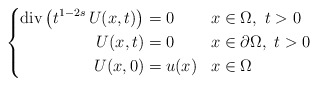
\begin{align*}\left\lbrace\begin{aligned}\hbox{div}\left(t^{1-2s}\,U(x,t)\right) &=0& & x\in\Omega,\ t>0 \\U(x,t) &= 0 & & x\in\partial\Omega,\ t>0 \\U(x,0) &= u(x) & & x\in\Omega\end{aligned}\right.\end{align*}